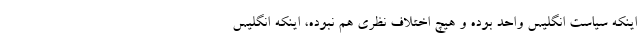
اینکه سیاست انگلیس واحد بوده و هیچ اختلاف نظری هم نبوده، اینکه انگلیس